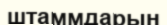
штаммдарын